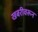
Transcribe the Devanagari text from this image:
खबरीवरून